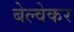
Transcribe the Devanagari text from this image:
बेल्वेकर